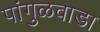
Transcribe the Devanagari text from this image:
पांगुळवाडा